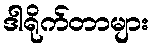
ဒါရိုက်တာများ